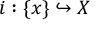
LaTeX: i : \{ x \} \hookrightarrow X